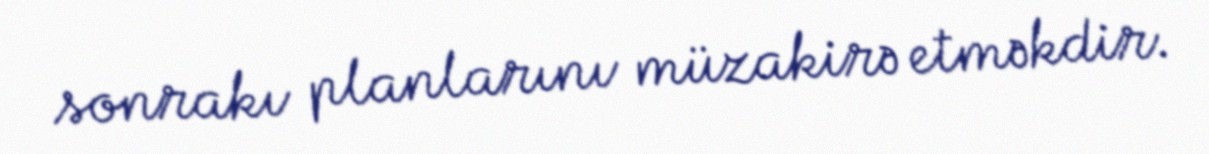
sonrakı planlarını müzakirə etməkdir.